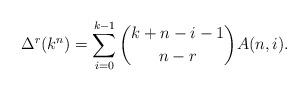
LaTeX: \begin{align*} \Delta^r(k^n) = \sum_{i=0}^{k-1}\binom{k+n-i-1}{n-r}A(n,i).\end{align*}